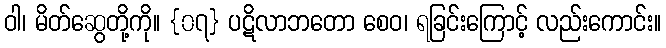
ဝါ၊ မိတ်ဆွေတို့ကို။ {၀၇} ပဋိလာဘတော စေဝ၊ ရခြင်းကြောင့် လည်းကောင်း။